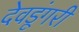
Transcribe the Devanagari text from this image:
देवडूंगरी